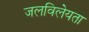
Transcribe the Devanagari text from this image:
जलविलेयता